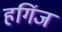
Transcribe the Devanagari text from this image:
हगिंज